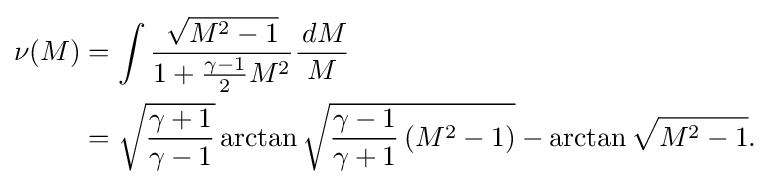
{\begin{aligned}\nu (M)&=\int {\frac {\sqrt {M^{2}-1}}{1+{\frac {\gamma -1}{2}}M^{2}}}{\frac {\,dM}{M}}\\&={\sqrt {\frac {\gamma +1}{\gamma -1}}}\arctan {\sqrt {{\frac {\gamma -1}{\gamma +1}}\left(M^{2}-1\right)}}-\arctan {\sqrt {M^{2}-1}}.\\\end{aligned}}